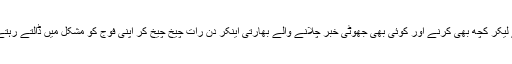
پیسے لیکر کچھ بھی کرنے اور کوئی بھی جھوٹی خبر چلانے والے بھارتی اینکر دن رات چیخ چیخ کر اپنی فوج کو مشکل میں ڈالتے رہتے ہیں۔